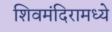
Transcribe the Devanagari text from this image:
शिवमंदिरामध्ये